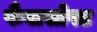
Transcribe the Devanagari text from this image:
फैबासोफ्ट